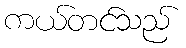
ကယ်တင်သည်